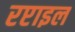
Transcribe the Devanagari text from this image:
रप्टाइल